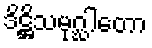
ဒိဋ္ဌိသမုဂ္ဃါတော